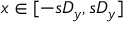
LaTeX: x \in [ - s D _ { y } , s D _ { y } ]